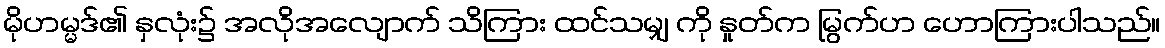
မိုဟမ္မဒ်၏ နှလုံး၌ အလိုအလျောက် သိကြား ထင်သမျှ ကို နှုတ်က မြွက်ဟ ဟောကြားပါသည်။